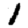
Digit: 1